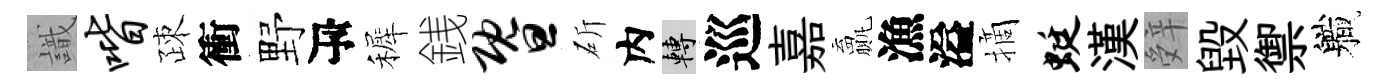
識喈疎衝野瓴裤銭暨斫内轉巡嘉贏漁溢摘蜓漢辤毁禦軄